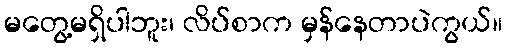
မတွေ့မရှိပါဘူး၊ လိပ်စာက မှန်နေတာပဲကွယ်။